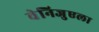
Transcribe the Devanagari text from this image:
वेनिजुएला